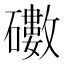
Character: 𥖻